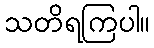
သတိရကြပါ။